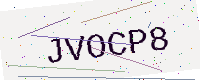
Text: JVOCP8